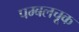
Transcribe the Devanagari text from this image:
पम्बलचूक